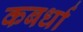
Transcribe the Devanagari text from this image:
कबर्धा